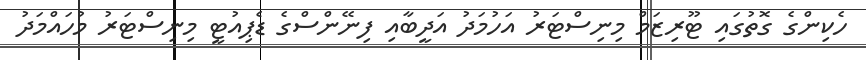
ހެކިންގެ ގޮތުގައި ޓޫރިޒަމް މިނިސްޓަރު އަހުމަދު އަދީބާއި ފިނޭންސްގެ ޑެޕިއުޓީ މިނިސްޓަރު މުހައްމަދު